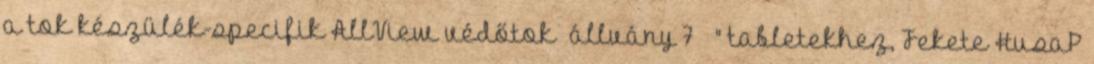
a tok készülék-specifik AllView védőtok állvány 7 " tabletekhez, Fekete HusaP